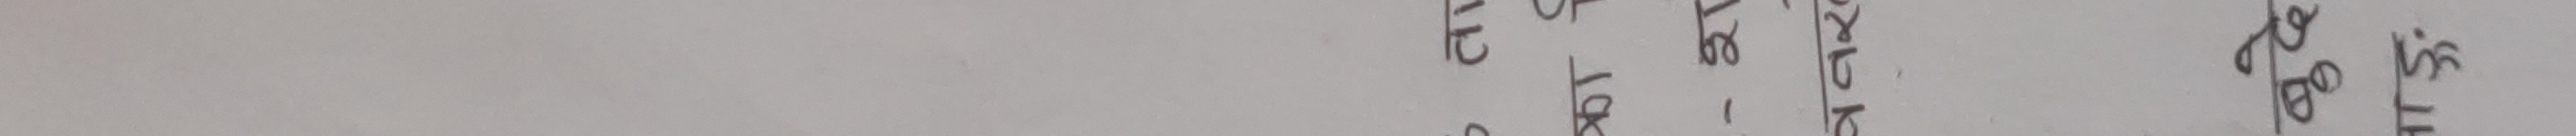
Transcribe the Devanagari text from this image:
माथि
तल
गोखे
सिका